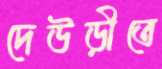
দেউড়ীতে